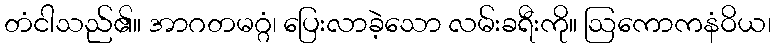
တံငါသည်၏။ အာဂတမဂ္ဂံ၊ ပြေးလာခဲ့သော လမ်းခရီးကို။ ဩကောကနံဝိယ၊